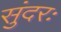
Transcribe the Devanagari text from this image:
सुंदरः